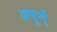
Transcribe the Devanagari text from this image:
अपूर्ण्